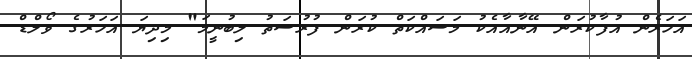
އަހަރެން އުފާކުރަން އޭނާއާއެކު މަސައްކަތް ކުރަން ފުރުސަތު ލިބުނީމަ" މިދިޔަ އަހަރުގެ ވޯލްޑް